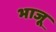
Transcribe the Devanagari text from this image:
भाजू